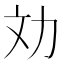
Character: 𠠼